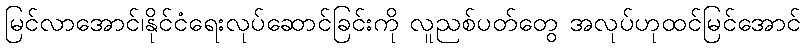
မြင်လာအောင်၊နိုင်ငံရေးလုပ်ဆောင်ခြင်းကို လူညစ်ပတ်တွေ အလုပ်ဟုထင်မြင်အောင်